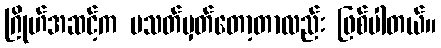
ဂြိုဟ်အဆင့်က မသတ်မှတ်တော့တာလည်း ဖြစ်ပါတယ်။